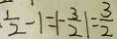
\frac { 1 } { 2 } - 1 = \vert - \frac { 3 } { 2 } \vert = \frac { 3 } { 2 }